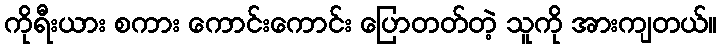
ကိုရီးယား စကား ကောင်းကောင်း ပြောတတ်တဲ့ သူကို အားကျတယ်။